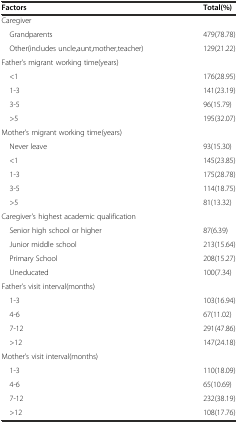
<table><thead><tr><td><b>Factors</b></td><td><b>Total(%)</b></td></tr></thead><tbody><tr><td colspan="2">Caregiver</td></tr><tr><td> Grandparents</td><td>479(78.78)</td></tr><tr><td> Other(includes uncle,aunt,mother,teacher)</td><td>129(21.22)</td></tr><tr><td colspan="2">Father’s migrant working time(years)</td></tr><tr><td> &lt;1</td><td>176(28.95)</td></tr><tr><td> 1-3</td><td>141(23.19)</td></tr><tr><td> 3-5</td><td>96(15.79)</td></tr><tr><td> &gt;5</td><td>195(32.07)</td></tr><tr><td colspan="2">Mother’s migrant working time(years)</td></tr><tr><td> Never leave</td><td>93(15.30)</td></tr><tr><td> &lt;1</td><td>145(23.85)</td></tr><tr><td> 1-3</td><td>175(28.78)</td></tr><tr><td> 3-5</td><td>114(18.75)</td></tr><tr><td> &gt;5</td><td>81(13.32)</td></tr><tr><td>Caregiver&#x27;s highest academic qualification</td><td></td></tr><tr><td> Senior high school or higher</td><td>87(6.39)</td></tr><tr><td> Junior middle school</td><td>213(15.64)</td></tr><tr><td> Primary School</td><td>208(15.27)</td></tr><tr><td> Uneducated</td><td>100(7.34)</td></tr><tr><td>Father’s visit interval(months)</td><td></td></tr><tr><td> 1-3</td><td>103(16.94)</td></tr><tr><td> 4-6</td><td>67(11.02)</td></tr><tr><td> 7-12</td><td>291(47.86)</td></tr><tr><td> &gt;12</td><td>147(24.18)</td></tr><tr><td>Mother’s visit interval(months)</td><td></td></tr><tr><td> 1-3</td><td>110(18.09)</td></tr><tr><td> 4-6</td><td>65(10.69)</td></tr><tr><td> 7-12</td><td>232(38.19)</td></tr><tr><td> &gt;12</td><td>108(17.76)</td></tr></tbody></table>